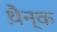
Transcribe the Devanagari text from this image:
थ़ैन्क